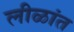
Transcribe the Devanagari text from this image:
लीळांत